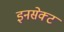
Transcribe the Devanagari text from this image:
इनसेक्ट